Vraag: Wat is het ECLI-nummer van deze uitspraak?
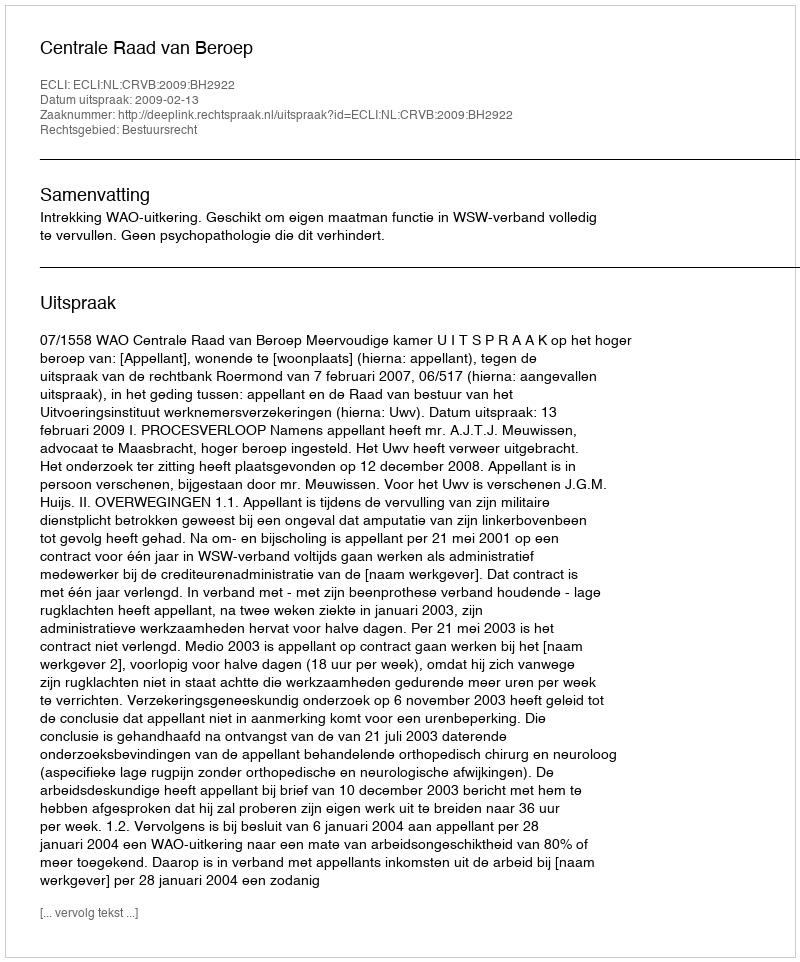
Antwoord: ECLI:NL:CRVB:2009:BH2922